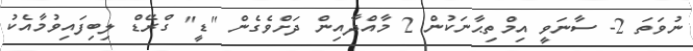
ނުވަތަ 2- ސާނަވީ އިމްތިޙާނަކުން 2 މާއްދާއިން ދަށްވެގެން "ޑީ" ގްރޭޑް ލިބިފައިވުމާއެކު